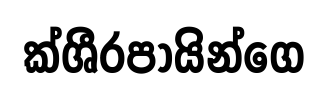
ක්ශීරපායින්ගෙ